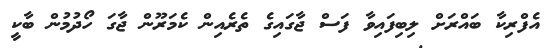
އެފްރިކާ ބައްރަށް ލިބިފައިވާ ފަސް ޖާގައިގެ ތެރެއިން ކެމަރޫން ޖާގަ ހޯދުމުން ބާކީ